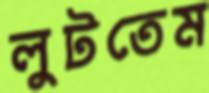
লুটতেম